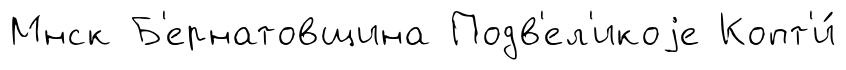
Мнск Б'ернатовщина Подв'ел'икоjе Копт'и́